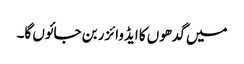
میں گدھوں کا ایڈوائزر بن جائوں گا۔